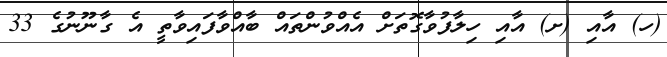
(ހ) އާއި (ށ) އާއި ހިލާފުވާގޮތަށް އެއްވުންތައް ބާއްވާފައިވާތީ އެ ގާނޫނުގެ 33